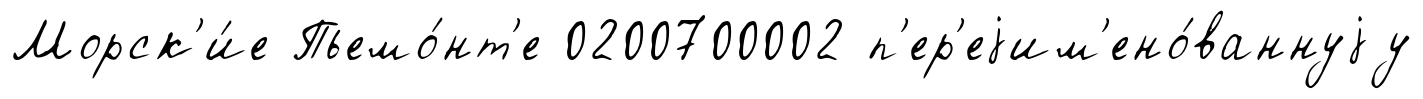
Морск'и́е Пьемо́нт'е 0200700002 п'ер'еjим'ено́ваннуjу